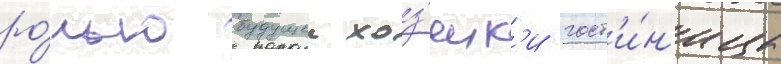
ро́лью будущеи хоз'яик'и гост'и́н'ицы